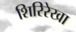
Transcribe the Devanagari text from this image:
शिरिरेखा